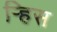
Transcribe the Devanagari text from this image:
र्‍हिस